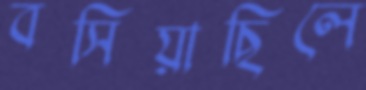
বসিয়াছিলে